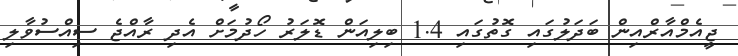
ޖީއެމްއާރްއިން ބަދަލުގައި ގޮތުގައި 1.4 ބިލިއަން ޑޮލަރު ހޯދުމަށް އެދި ރާއްޖެ ސިއްސުވާލި